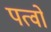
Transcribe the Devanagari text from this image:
पत्वों